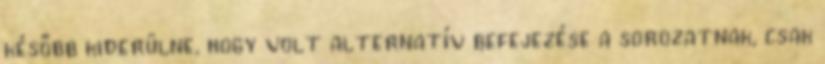
később kiderülne, hogy volt alternatív befejezése a sorozatnak, csak